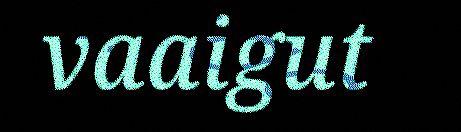
vaaigut